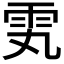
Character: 𬯸